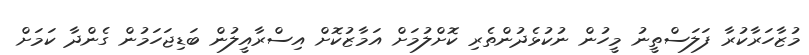
މުޒާހަރާކުރާ ފަލަސްތީނު މީހުން ނުކުޅެދުންތެރި ކޮށްލުމަށް އަމާޒުކޮށް އިސްރާއީލުން ބަޑިޖަހަމުން ގެންދާ ކަމަށް